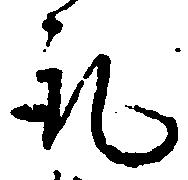
取